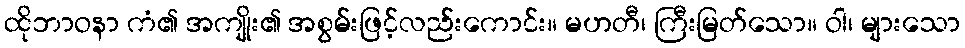
ထိုဘာဝနာ ကံ၏ အကျိုး၏ အစွမ်းဖြင့်လည်းကောင်း။ မဟတီ၊ ကြီးမြတ်သော။ ဝါ၊ များသော